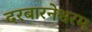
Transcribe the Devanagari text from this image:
दरबारनेश्वरम